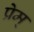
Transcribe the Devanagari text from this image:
प्रेम्